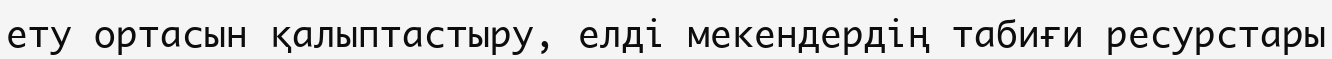
ету ортасын қалыптастыру, елді мекендердің табиғи ресурстары